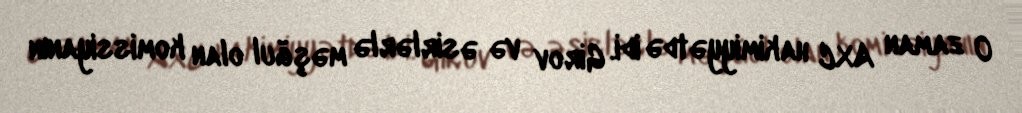
O zaman AXC hakimiyyətdə idi. Girov və əsirlərlə məşğul olan komissiyanın